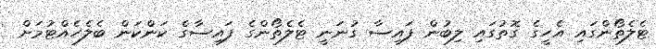
ޓެލެތޯންގައި އެހީގެ ގޮތުގައި ލިބުން ފައިސާ ގުނަނީ ޓެލެތޯންގެ ފައިސާގެ ކަންކަން ބެލެހެއްޓުމަށް